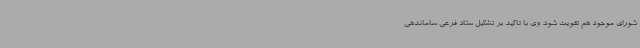
شورای موجود هم تقویت شود. وی با تاکید بر تشکیل ستاد فرعی ساماندهی